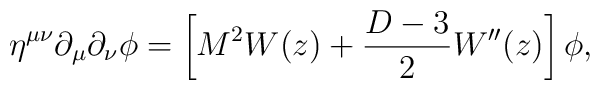
\eta^{\mu\nu}\partial_{\mu}\partial_{\nu}\phi=\left[M^2W(z)+{{D-3}\over 2}W^{\prime\prime}(z)\right]\phi,